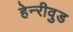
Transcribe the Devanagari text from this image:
हेन्‍रीवुड